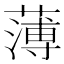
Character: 薄